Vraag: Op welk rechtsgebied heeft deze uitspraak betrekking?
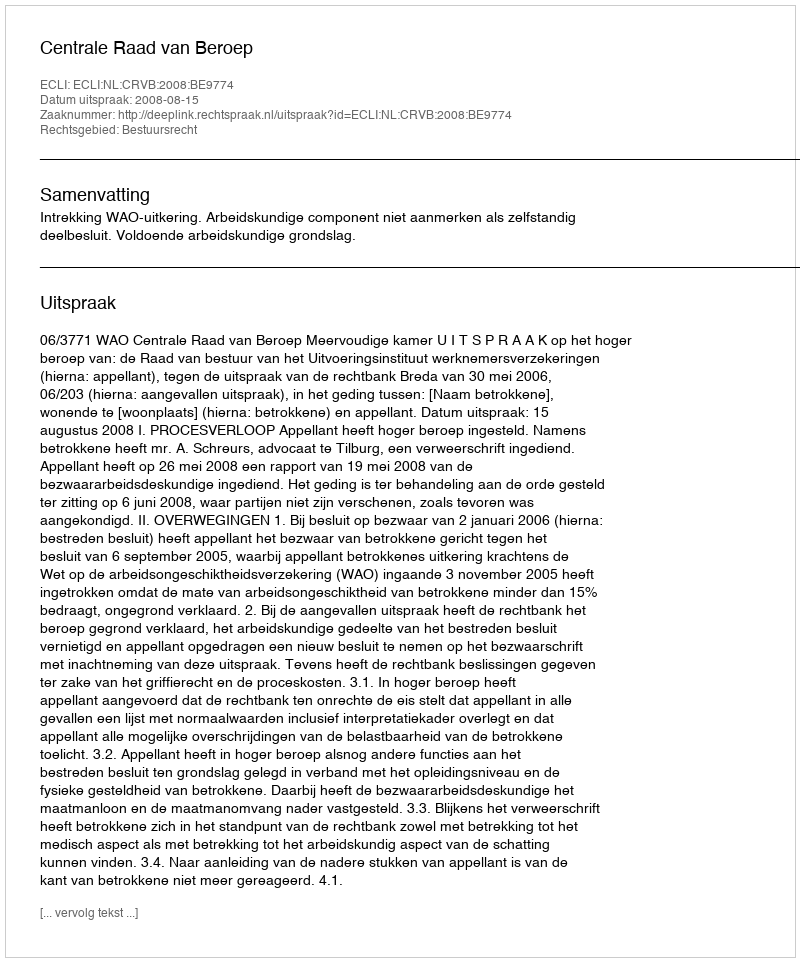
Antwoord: Bestuursrecht